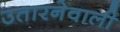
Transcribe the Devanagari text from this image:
उतारनेवाली